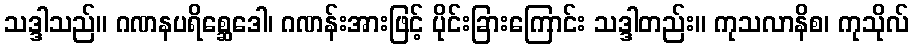
သဒ္ဒါသည်။ ဂဏနပရိစ္ဆေဒေါ၊ ဂဏန်းအားဖြင့် ပိုင်းခြားကြောင်း သဒ္ဒါတည်း။ ကုသလာနိစ၊ ကုသိုလ်